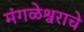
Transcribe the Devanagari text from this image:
मंगळेश्वराचे